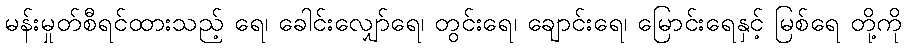
မန်းမှုတ်စီရင်ထားသည့် ရေ၊ ခေါင်းလျှော်ရေ၊ တွင်းရေ၊ ချောင်းရေ၊ မြောင်းရေနှင့် မြစ်ရေ တို့ကို